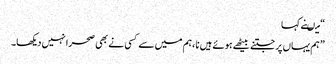
“ میںنے کہا
” ہم یہاں پر جتنے بیٹھے ہوئے ہیں نا ،ہم میں سے کسی نے بھی صحرا نہیں دیکھا۔